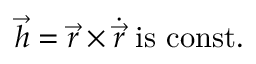
{ \vec { h } } = { \vec { r } } \times { \dot { \vec { r } } } { \mathrm { ~ i s ~ c o n s t . } }